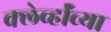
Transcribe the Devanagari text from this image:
क्लेर्व्हॉच्या